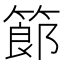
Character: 𥱳